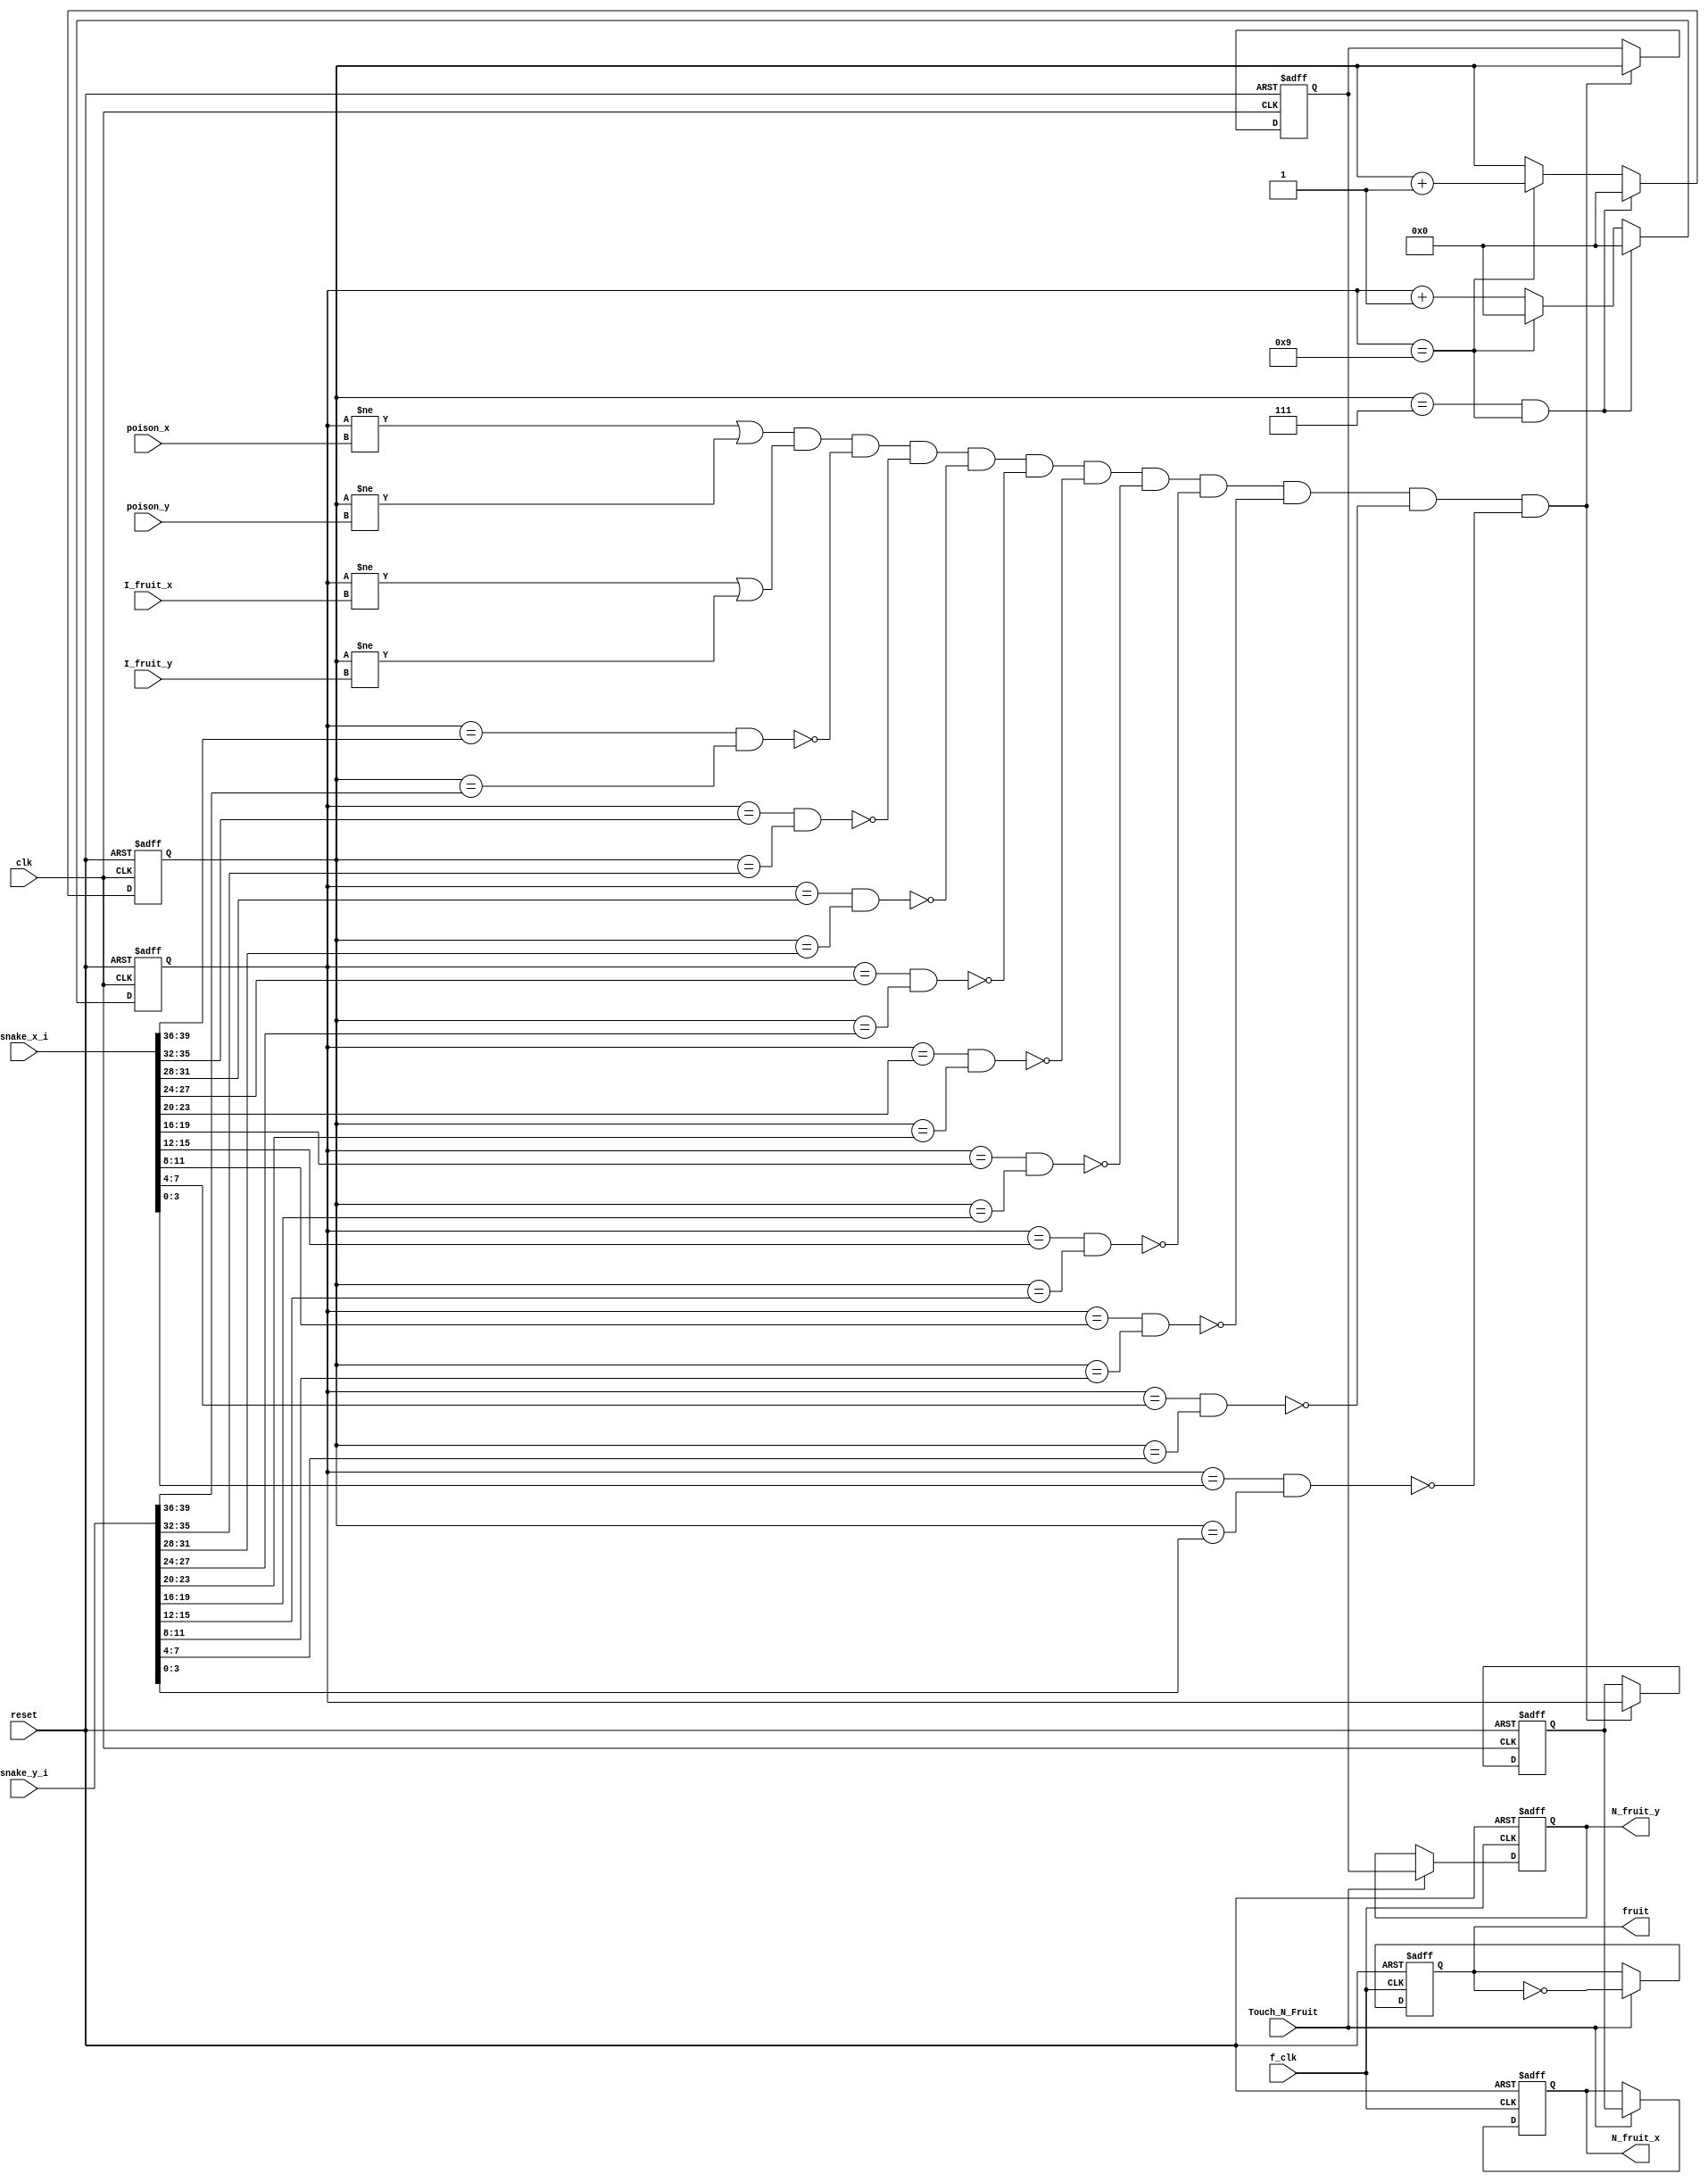
module N_fruit(fruit, N_fruit_x, N_fruit_y, I_fruit_x, I_fruit_y, Touch_N_Fruit, snake_x_i, snake_y_i, poison_x, poison_y, clk, f_clk, reset);
output reg [3:0] N_fruit_x, N_fruit_y;
output reg fruit;
input [39:0] snake_y_i, snake_x_i;
input [3:0] poison_x, poison_y, I_fruit_x, I_fruit_y;
input Touch_N_Fruit, clk, reset,f_clk;
wire [3:0] snake_x[9:0], snake_y[9:0];
reg [3:0] allow_x, allow_y;
assign {snake_x[9],snake_x[8],snake_x[7],snake_x[6],snake_x[5],snake_x[4],snake_x[3],snake_x[2],snake_x[1],snake_x[0]} = snake_x_i; 
assign {snake_y[9],snake_y[8],snake_y[7],snake_y[6],snake_y[5],snake_y[4],snake_y[3],snake_y[2],snake_y[1],snake_y[0]} = snake_y_i; 
always @(posedge f_clk or negedge reset)
begin
    if(!reset)
    begin
        N_fruit_x <= 4'd5;
        N_fruit_y <= 4'd7;
        fruit <= 0;
    end
    else
    begin
        if(Touch_N_Fruit)
        begin
            N_fruit_x <= allow_x;
            N_fruit_y <= allow_y;
            fruit <= ~fruit;
        end
        else
        begin
            N_fruit_x <= N_fruit_x;
            N_fruit_y <= N_fruit_y;
        end
    end
end
reg [3:0] x, y;
always @(posedge clk or negedge reset)
begin
    if(!reset)
    begin
        x <= 0;
        y <= 0;
    end
    else
    begin
        x <= x + 1;
        if(x == 4'd9)
        begin
            y <= y + 1;
            x <= 4'd0; 
        end
        if(y == 4'd7 && x == 4'd9)
        begin
            y <= 0;
            x <= 0;
        end
    end
end

integer i;

always @(posedge clk or negedge reset)
begin
    if(!reset)
    begin
        allow_y <= 0;
        allow_x <= 0; 
    end
    else
    begin
        if((x != poison_x || y != poison_y) && (x != I_fruit_x || y != I_fruit_y) && 
        !(x == snake_x[9] && y == snake_y[9]) && !(x == snake_x[8] && y == snake_y[8]) && 
        !(x == snake_x[7] && y == snake_y[7]) && !(x == snake_x[6] && y == snake_y[6]) && 
        !(x == snake_x[5] && y == snake_y[5]) && !(x == snake_x[4] && y == snake_y[4]) && 
        !(x == snake_x[3] && y == snake_y[3]) && !(x == snake_x[2] && y == snake_y[2]) && 
        !(x == snake_x[1] && y == snake_y[1]) && !(x == snake_x[0] && y == snake_y[0]))
        begin
            allow_x <= x;
            allow_y <= y;
        end
    end
end
endmodule